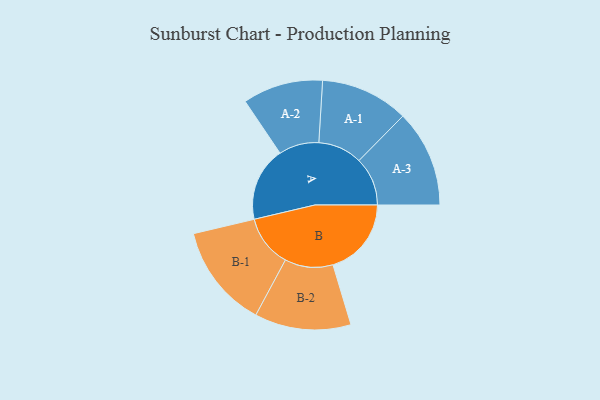
{"axis": {"x": "Segment", "y": "Value"}, "legend": ["", "A", "B"], "data": [{"x": "A", "y": 397, "type": ""}, {"x": "B", "y": 420, "type": ""}, {"x": "A-1", "y": 236, "type": "A"}, {"x": "A-2", "y": 215, "type": "A"}, {"x": "A-3", "y": 260, "type": "A"}, {"x": "B-1", "y": 278, "type": "B"}, {"x": "B-2", "y": 258, "type": "B"}]}